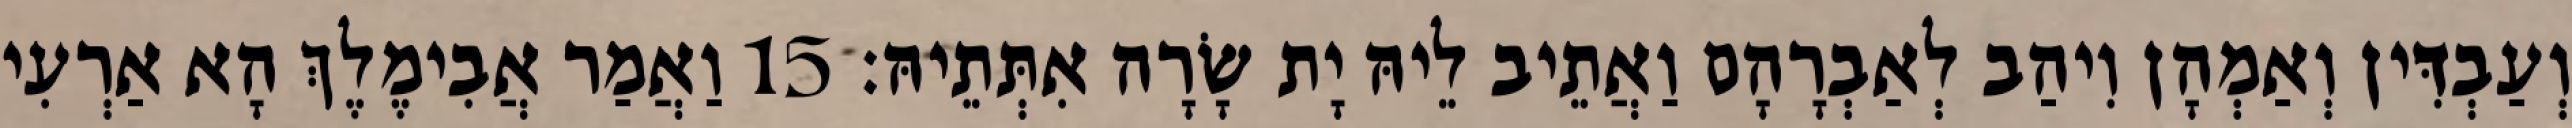
וְעַבְדִּין וְאַמְהָן וִיהַב לְאַבְרָהָם וַאֲתֵיב לֵיהּ יָת שָׂרָה אִתְּתֵיהּ׃ 15 וַאֲמַר אֲבִימֶלֶךְ הָא אַרְעִי